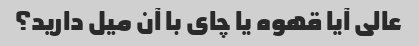
عالی آیا قهوه یا چای با آن میل دارید؟